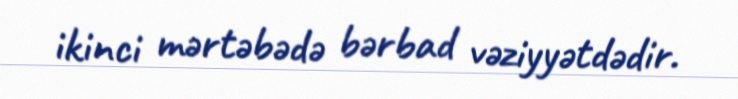
ikinci mərtəbədə bərbad vəziyyətdədir.